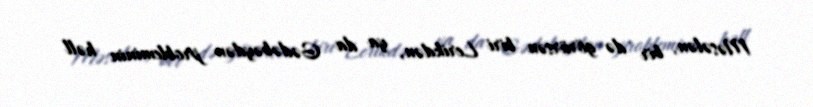
Məsələn, bir də görürsən biri Lerikdən, ya da Gədəbəydən probleminin həll